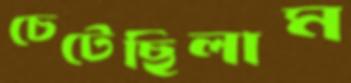
চেটেছিলাম